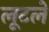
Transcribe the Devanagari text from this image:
लूटले